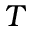
T